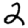
Digit: 2